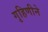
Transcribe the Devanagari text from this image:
गृहिणीने